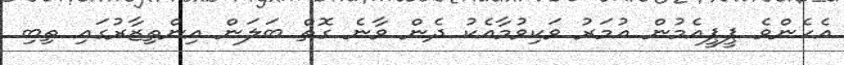
އެހެންވެ ޕީޕީއެމުން އުމަރު ވަކިވުމާއެކު ދެން ވާނެ ގޮތް ބަލަން އިންތިޒާރުގައި ތިބި